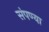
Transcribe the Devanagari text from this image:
संपण्या